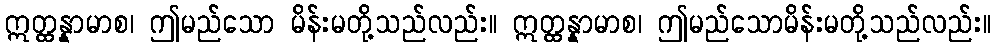
ဣတ္ထန္နာမာစ၊ ဤမည်သော မိန်းမတို့သည်လည်း။ ဣတ္ထန္နာမာစ၊ ဤမည်သောမိန်းမတို့သည်လည်း။